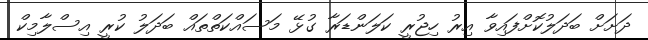
ދަށަށް ބަދަލުކޮށްފައިވާ އިރު ހިޖުރީ ކަލަންޑަރާ ގުޅޭ މަސައްކަތްތައް ބަދަލު ކުރީ އިސްލާމިކް